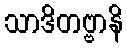
သာဒိတဗ္ဗာနိ